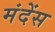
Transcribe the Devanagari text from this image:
मंदेंस